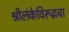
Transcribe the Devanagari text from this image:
श्रीलंकेविरूद्धचा